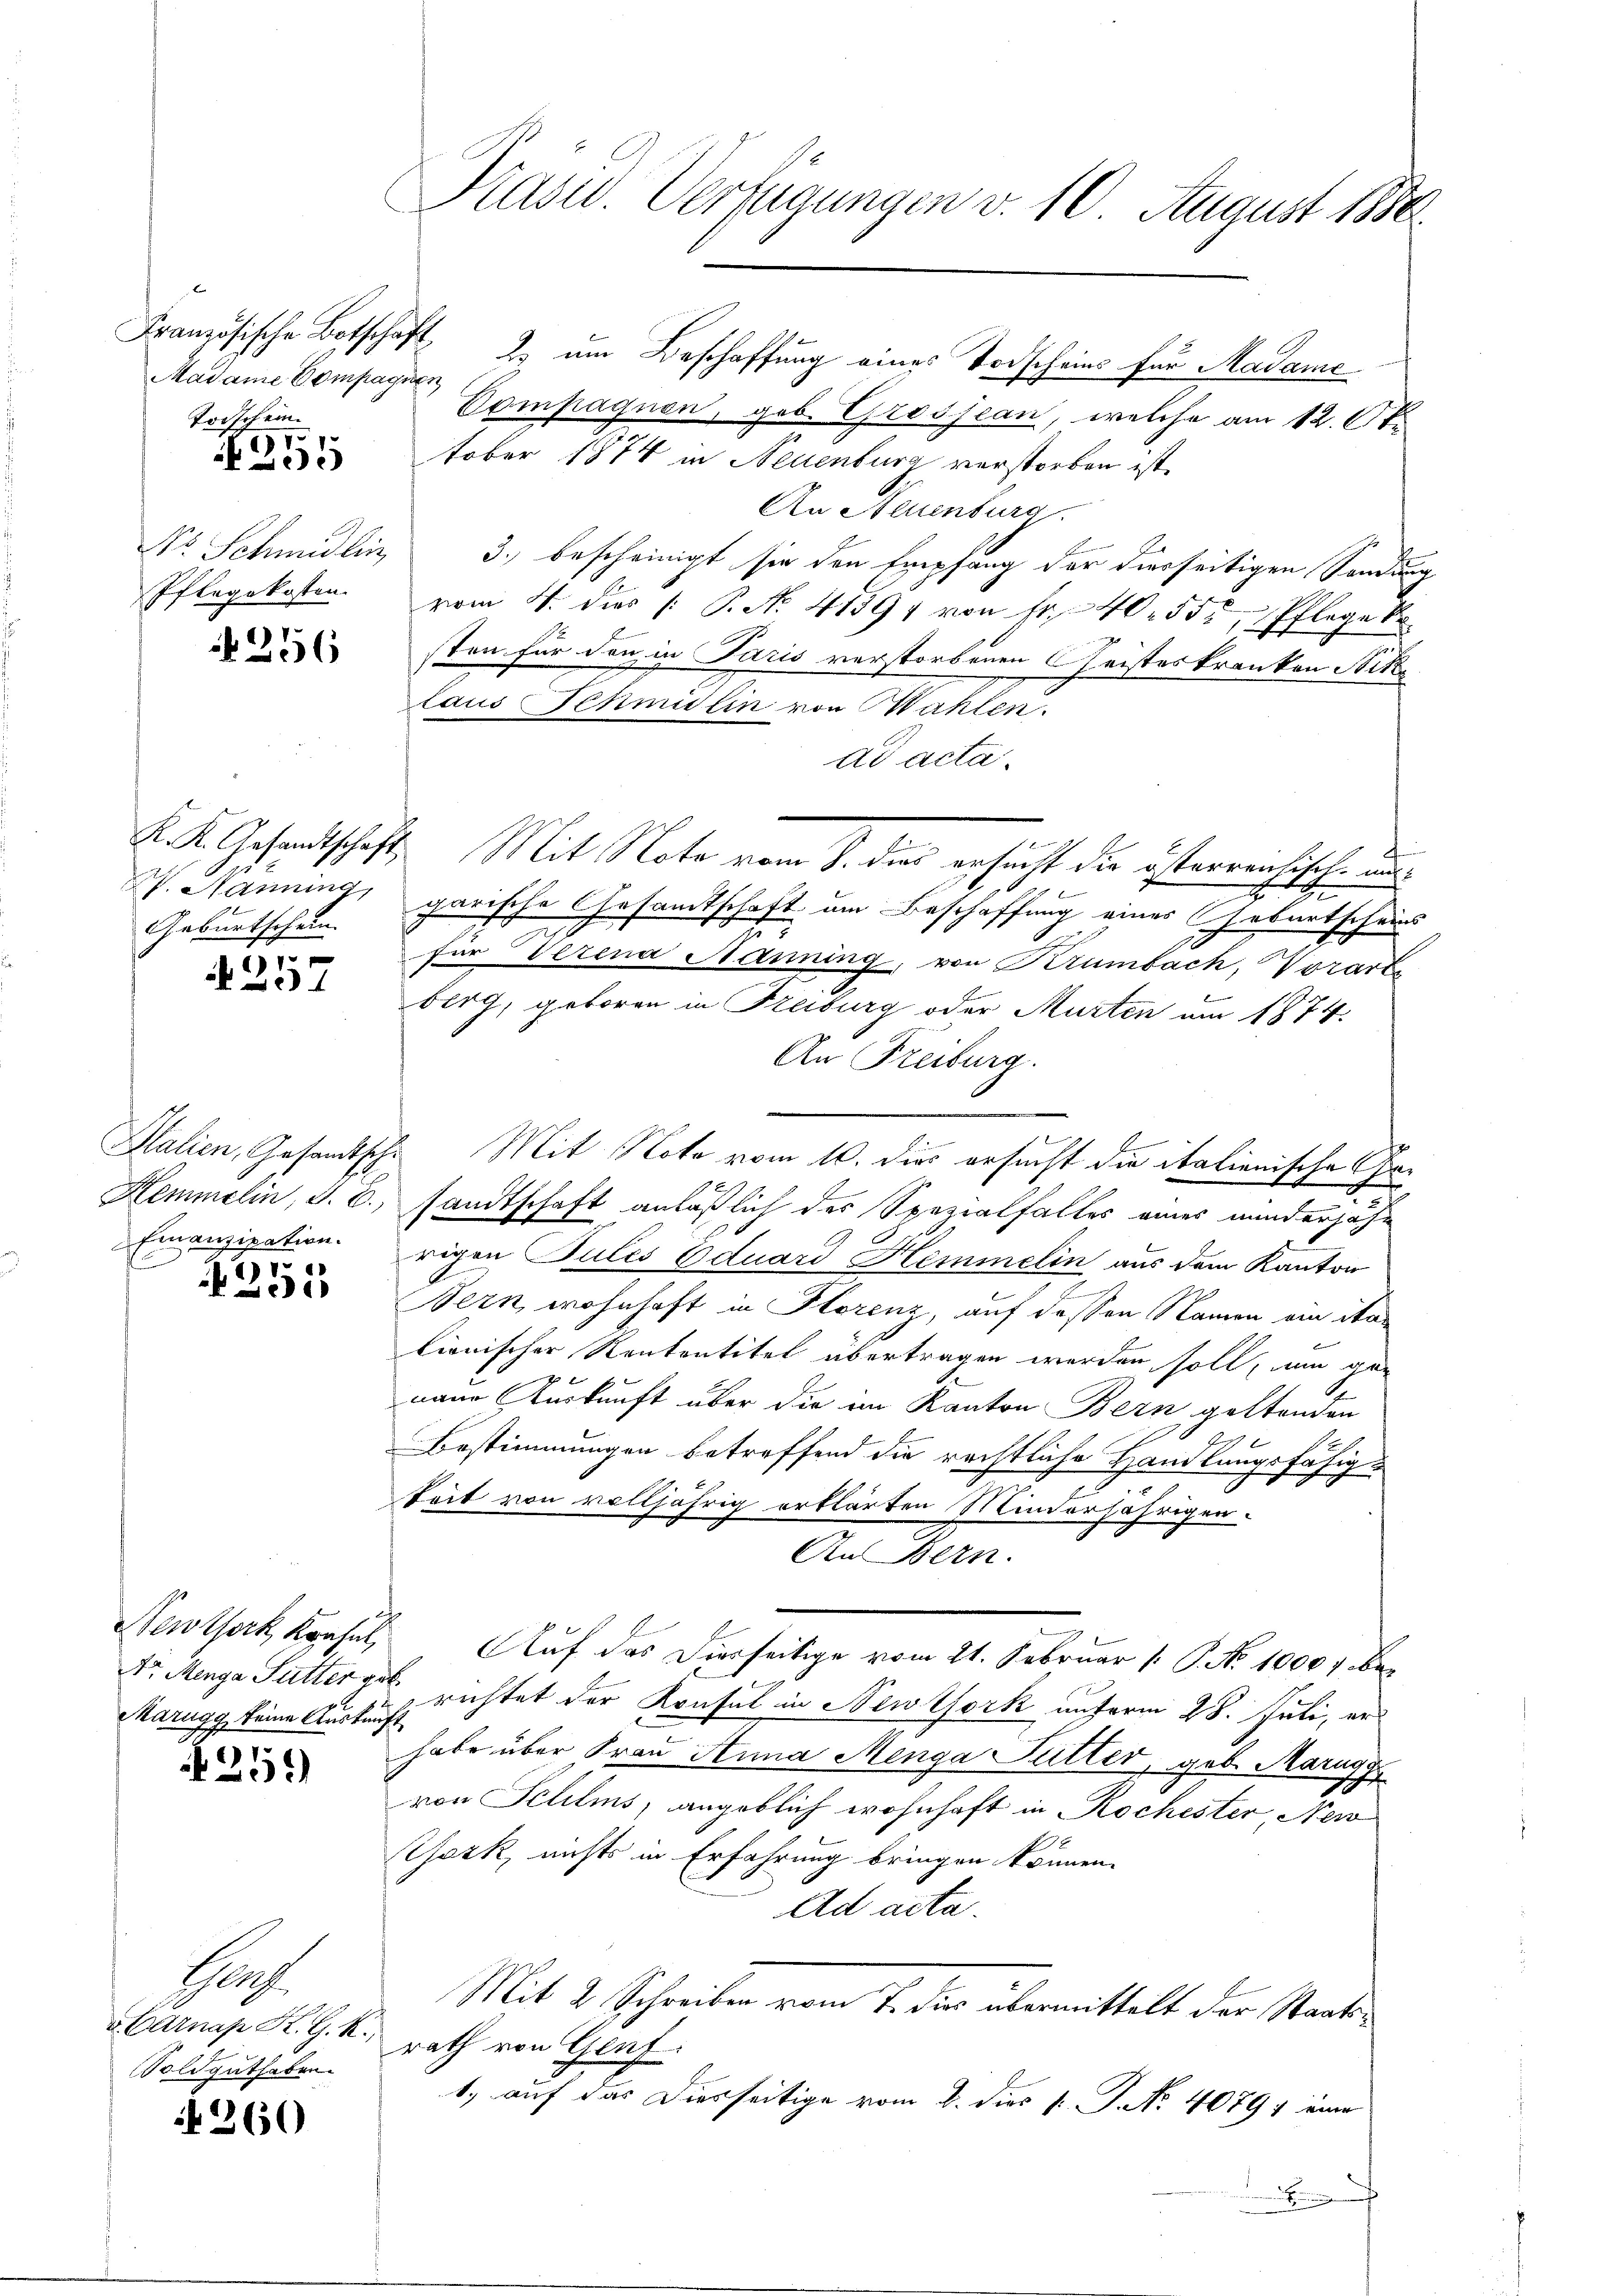
Madame Compagnen
Torschein.
77.

5

Pflegekosten.

N 256

V. Nanning,
Geburtschein.

257

Finanzipation.
E
17

1

Newtork, Konsul
Marugg keine Auskunft

)
1)

Prof.
a Carnap K. G. K.,
oldguthaben.

N 260

Präsid. Verfügungen v. 10 August 1880

Compagnen, geb. Grossean, welche am 12. Okt.
tober 1874 in Neuenburg verstorben ist.
An Neuenburg
No Schmidlin 3. bescheinigt sie den Empfang der diesseitigen Sonder
x
vom 4. dies /: P. No. 41391 von fr. 40. 55, Pflege kr
sten für den in Paris verstorbenen Geisteskranken Niko
laus Schmidlin von Wahlen.
ad acta.
¬
K. K. Gesandtschaft. Mit Note vom 8. dies ersucht die österrentitel aus
g
2
garische Gesamtschaft um Beschaffung eines Geburtscheins
für Verena Hanning, von Krümbach, Vorarbe
b
berg, geboren in Freiburg oder Murten um 1874.
An Freiburg.
Salien, Gesamtsche Mit Note vom 10. dies ersucht die italienische Sa¬
Hemmelin, S. B., sandtschaft anläßlich der Spezialfalles eines minderjährigen Pules Eduard Hemmelin aus dem Kanton
Bern wohnhaft in Florenz, auf dessen Namen ein italionischer Rententitel übertragen werden soll, um genaue Auskunft über die im Kanton Bern geltenden
Bestimmungen betreffend die rechtliche Handlungsfähig-
Seit von volljährig erklärten Minderjährigen.
An Bern.
Auf das Diesseitige vom 21. Februar 1. P. Nr. 10007 be¬
Dr. Menge Futter gerichtet der Konsul in Newtfork unterm 28. Juli, erhabe über Frau Anna Menga Futter, geb. Marig
von Schilms, angeblich wohnhaft in Rochester, New
Gezk, nichts in Erfahrung bringen können.
Ad acta.
Mit 2 Schreiben vom 7. die übermittelt der Staatsrath von Genf.
1.) auf das Diesseitige vom 2. dies v. J. No. 4079, eine
.

Französische Botschaft 2. um Beschaffung eines Vorscheins für Madame